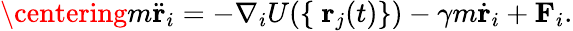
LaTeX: \centering m\ddot{\textbf{r}}_{i}=-\nabla_{i}U(\{ \ \textbf{r}_{j}(t)\} )-\gamma m\dot{\textbf{r}}_{i}+\textbf{F}_{i}.